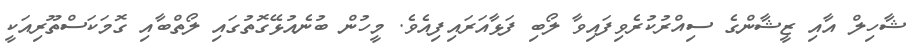
ޝާހިލް އާއި ޒީޝާންގެ ސިއްރުކުރެވިފައިވާ ލޯބި ފަޅާއަރައިފިއެވެ. މީހުން ބުނެއުޅޭގޮތުގައި ލޯތްބާއި ގޮމަކަސްތޫރިއަކީ